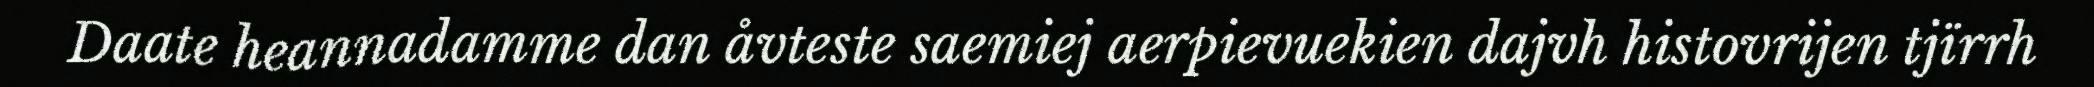
Daate heannadamme dan åvteste saemiej aerpievuekien dajvh histovrijen tjïrrh